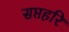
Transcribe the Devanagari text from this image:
सप्तहरि